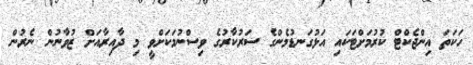
ހަކަތަ އިންޖެކްޓް ކުރުމަށްޓަކައި އަޅުގަނޑުމެންގެ ސަރުކާރުގެ ވިސްނުމަކަށްވީ މި ދާއިރާއަށް ޒުވާނުން ނެރުން